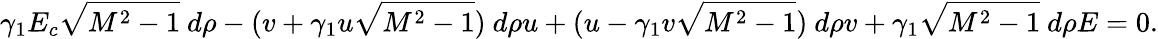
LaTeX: \gamma_{1}E_{c}\sqrt{M^{2}-1}~d\rho-(v+\gamma_{1}u\sqrt{M^{2}-1})~d\rho u+(u-\gamma_{1}v\sqrt{M^{2}-1})~d\rho v+\gamma_{1}\sqrt{M^{2}-1}~d\rho E=0.